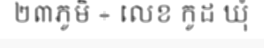
២៣ភូមិ ÷ លេខ កូដ ឃុំ